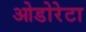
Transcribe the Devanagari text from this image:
ओडोरेटा